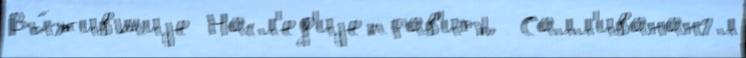
Вы́жившиjе Насл'ед'иjеправ'ить  Салл'иванангл